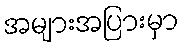
အများအပြားမှာ